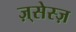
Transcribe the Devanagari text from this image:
ज़्सेस्ज़